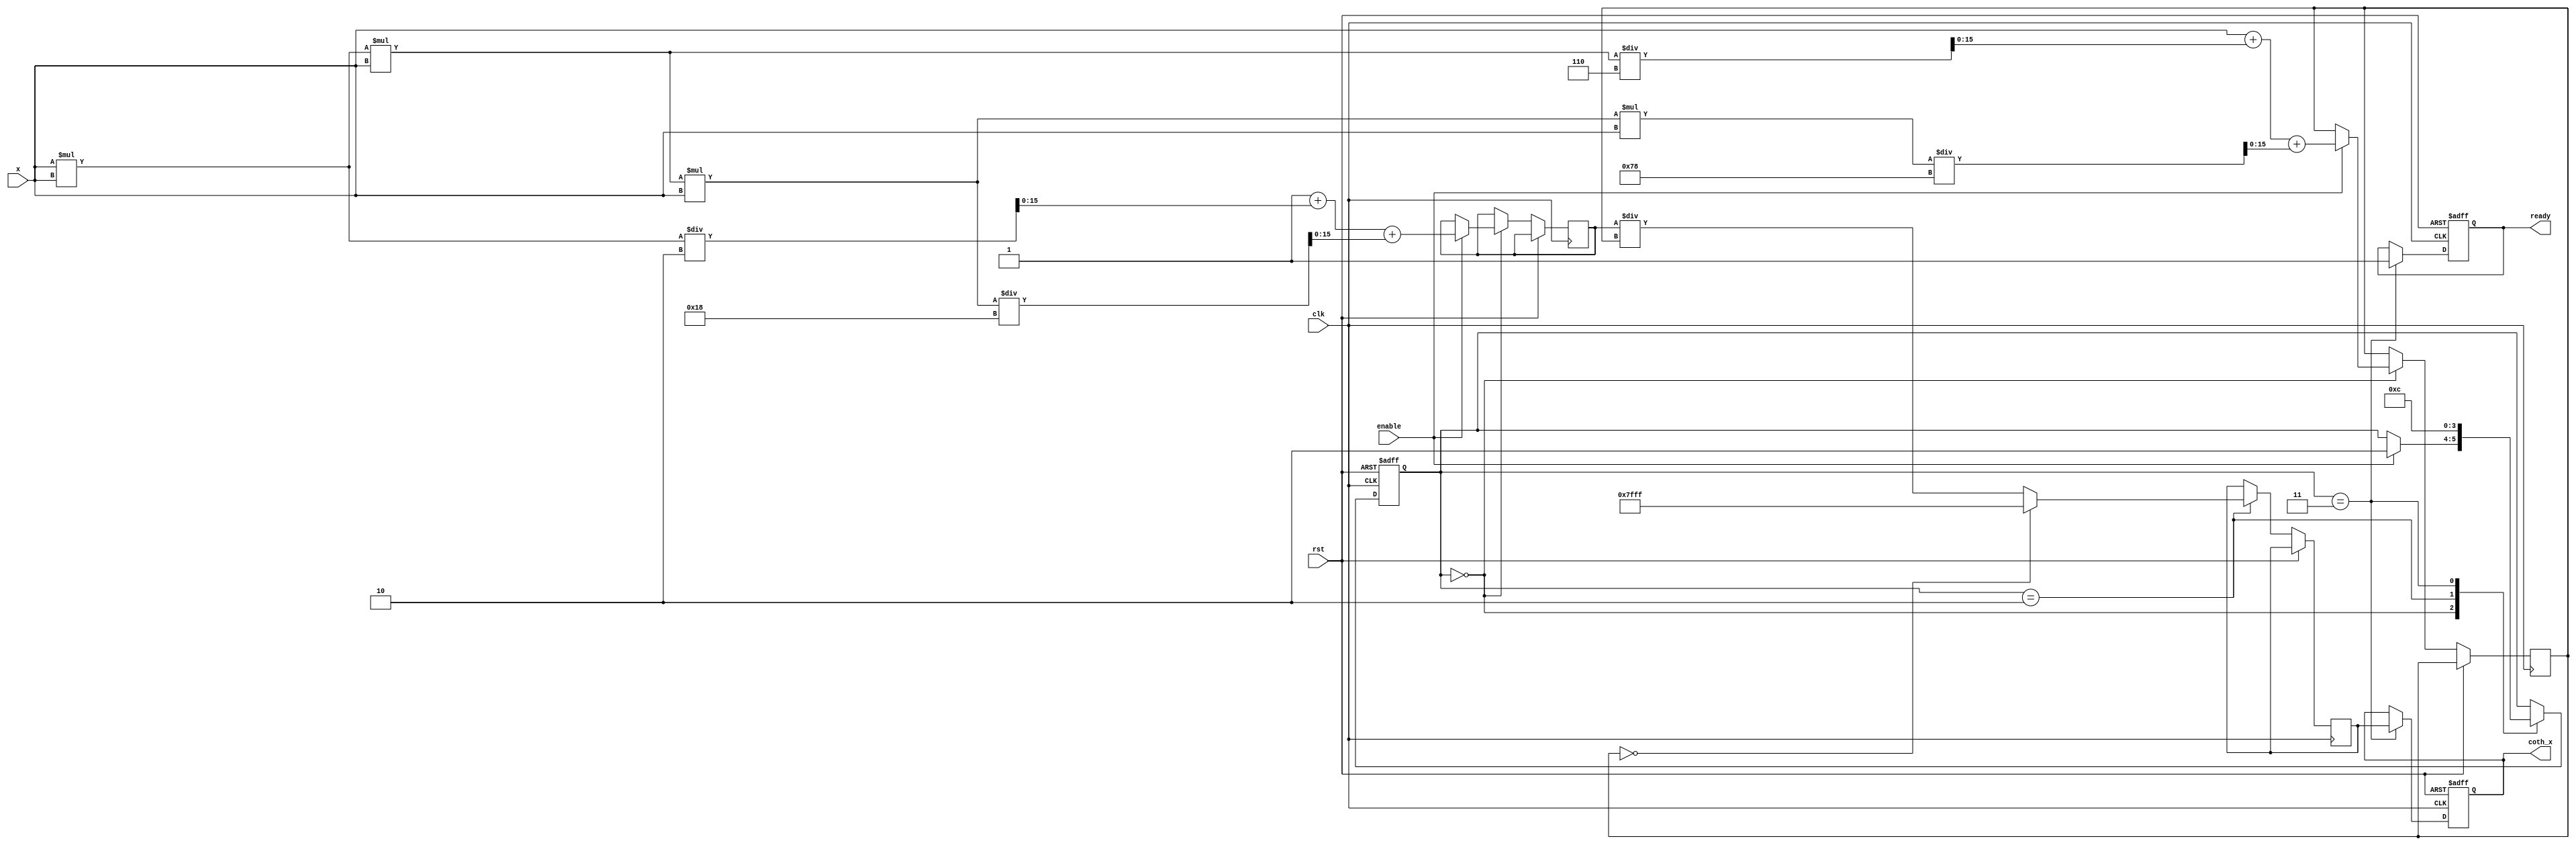
module coth (
    input wire clk,
    input wire rst,
    input wire enable,
    input wire [15:0] x, // Input signal (fixed-point representation)
    output reg [15:0] coth_x, // Output signal (fixed-point representation)
    output reg ready // Ready signal
);

    // Internal signals
    reg [15:0] sinh_x;
    reg [15:0] cosh_x;
    reg [15:0] division_result;
    reg [1:0] state;
    
    // State encoding
    localparam IDLE = 2'b00,
               CALC = 2'b01,
               DIVIDE = 2'b10,
               DONE = 2'b11;

    // Hyperbolic sine approximation (Taylor series)
    function [15:0] sinh;
        input [15:0] x;
        begin
            // sinh(x) = x + x^3/6 + x^5/120 (up to 5 terms)
            sinh = x + (x * x * x) / 6 + (x * x * x * x * x) / 120;
        end
    endfunction

    // Hyperbolic cosine approximation (Taylor series)
    function [15:0] cosh;
        input [15:0] x;
        begin
            // cosh(x) = 1 + x^2/2 + x^4/24 (up to 5 terms)
            cosh = 16'h0001 + (x * x) / 2 + (x * x * x * x) / 24;
        end
    endfunction

    // Division function
    function [15:0] divide;
        input [15:0] num;
        input [15:0] denom;
        begin
            if (denom == 0) begin
                divide = 16'h7FFF; // Saturate to max value on division by zero
            end else begin
                divide = num / denom; // Simple division
            end
        end
    endfunction

    // State machine for computation
    always @(posedge clk or posedge rst) begin
        if (rst) begin
            state <= IDLE;
            coth_x <= 16'h0000;
            ready <= 0;
        end else begin
            case (state)
                IDLE: begin
                    if (enable) begin
                        sinh_x <= sinh(x);
                        cosh_x <= cosh(x);
                        state <= DIVIDE;
                    end
                end
                DIVIDE: begin
                    division_result <= divide(cosh_x, sinh_x);
                    state <= DONE;
                end
                DONE: begin
                    coth_x <= division_result;
                    ready <= 1;
                    state <= IDLE; // Go back to IDLE after processing
                end
            endcase
        end
    end
endmodule